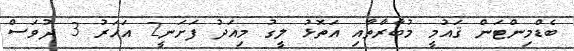
ބެޑްމިންޓަން ޤައުމީ މުބާރާތާއި އަތޮޅު ލީގު މިއަދު ފަށަނީ2 އަހަރު 3 ދުވަސް